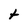
Character: t